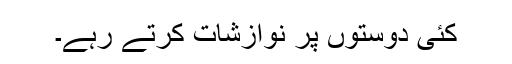
کئی دوستوں پر نوازشات کرتے رہے۔